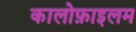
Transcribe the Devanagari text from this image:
कालोफ़ाइलम